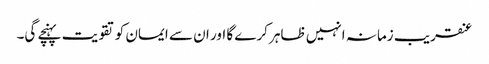
عنقریب زمانہ انہیں ظاہر کرے گا اور ان سے ایمان کو تقویت پہنچے گی۔